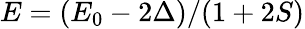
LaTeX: E=(E_{0}-2\Delta)/(1+2S)